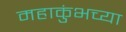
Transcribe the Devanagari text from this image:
महाकुंभच्या